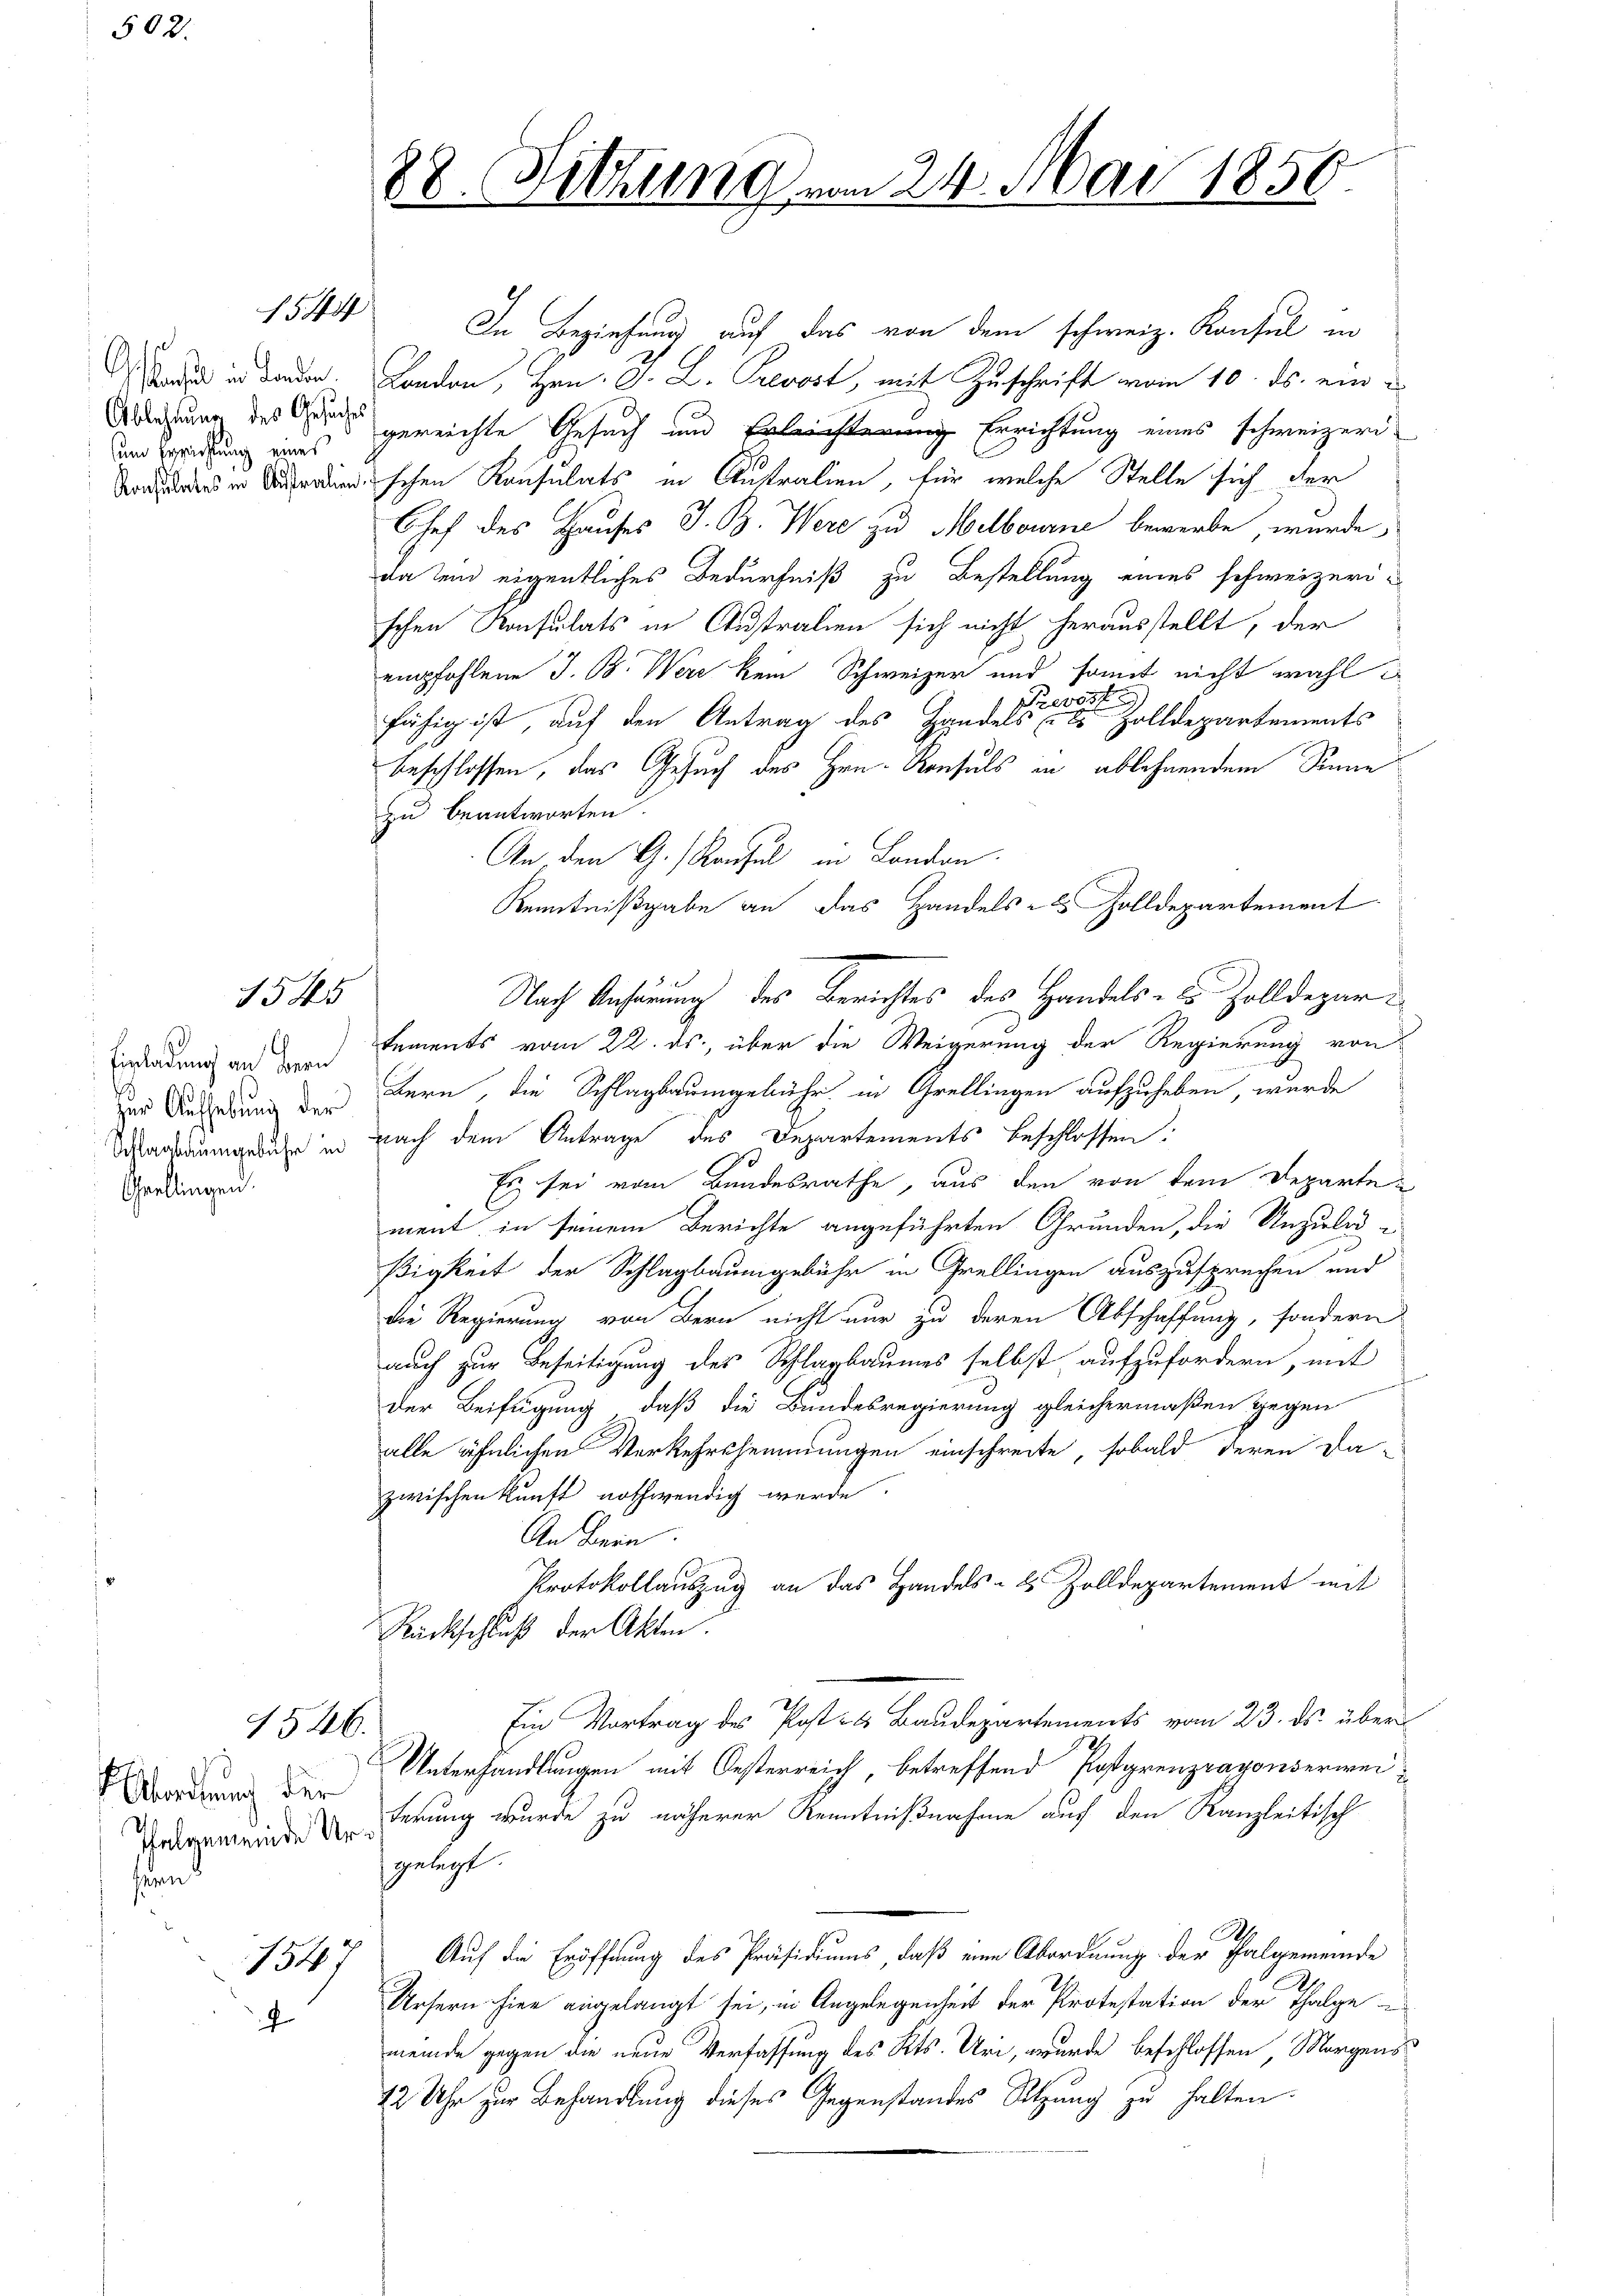
502.

fensel in Landen.
und Errichtung eines

1544

1545

Einladung an bern
zur Aufhebung der
Schlagbaumgebühr in
Grellingen.

1546.

Abordnung der
sen

1547
f

In Beziehung auf das von dem schweiz. Konsul in
London, Hrn. J. L. Prevost, mit Zuschrift vom 10. ds. ein-
Ablehnung des  gereichte Gesuch und leichen Errichtung eines schweizeri
erischen Konsulats in Antralien, für welche Stelle sich der
Chef des Hauses J. B. Were zu Melbourne bewerbe, wurde
da und eigentliches Bedürfniß zu Bestellung eines schweizeri-
schen Konsulats in Australien sich nicht herausstellt, der
empfohlene J. B. Wer kein Schweizer und somit nicht wahl
Prevost
fähig ist, auf den Antrag des Handels (Es Zolldepartements
beschlossen, das Gesuch des Hrn. Konsuls in ablehnendem Sinne
zu beantworten.
An, den G. Konsul in Landon.
Kenntnißgabe an das Handels- & Zolldepartement
Nach Anhörung des Berichtes des Handels- & Zolldepartements vom 22. ds., über die Weigerung der Regierung von
Bern, die Schlagbaumgebühr in Grellingen aufzuheben, wurde
nach dem Antrage des Departements beschlossen:
d
Es sei vom Bundesrathe, aus den von dem Departement in seinem Berichte angeführten Grunden, die Unzulege
ßigkeit der Schlagbaumgebühr in Grellingen auszusprechen und
die Regierung von Bern nicht nur zu deren Abschaffung, sondern
auch zur Beseitigung des Schlagbaumes selbst aufzufordern, mit
der Beifügung, daß die Bundesregierung gleichermaßen gegen
alle ähnlichen Verkehrshemmungen einschreite, sobald deren Da-
zwischenkunft nothwendig werde
An Bern.
Protokollauszug an das Handels- & Zolldepartement mit
Rückschluß der Akten.
Ein Vortrag des Post- u Baudepartements vom 23. ds. über-
Unterhandlungen mit Oesterreich, betreffend Postgrenzragonserweidgemeinde herung wurde zu näherer Kenntnißnahme auf den Kanzleitisch
gelegt.
Auf die Eröffnung des Präsidiums, daß eine Abordnung der Thalgemeinde
Unsern hier angelangt sei, in Angelegenheit der Protestation der Thalge u
meinde gegen die neue Verfassung des Kts. Uri, wurde beschlossen Morgens
12 Uhr zur Behandlung dieses Gegenstandes Sitzung zu halten.

I
88. Sitzung vom 24. Mai 1850.